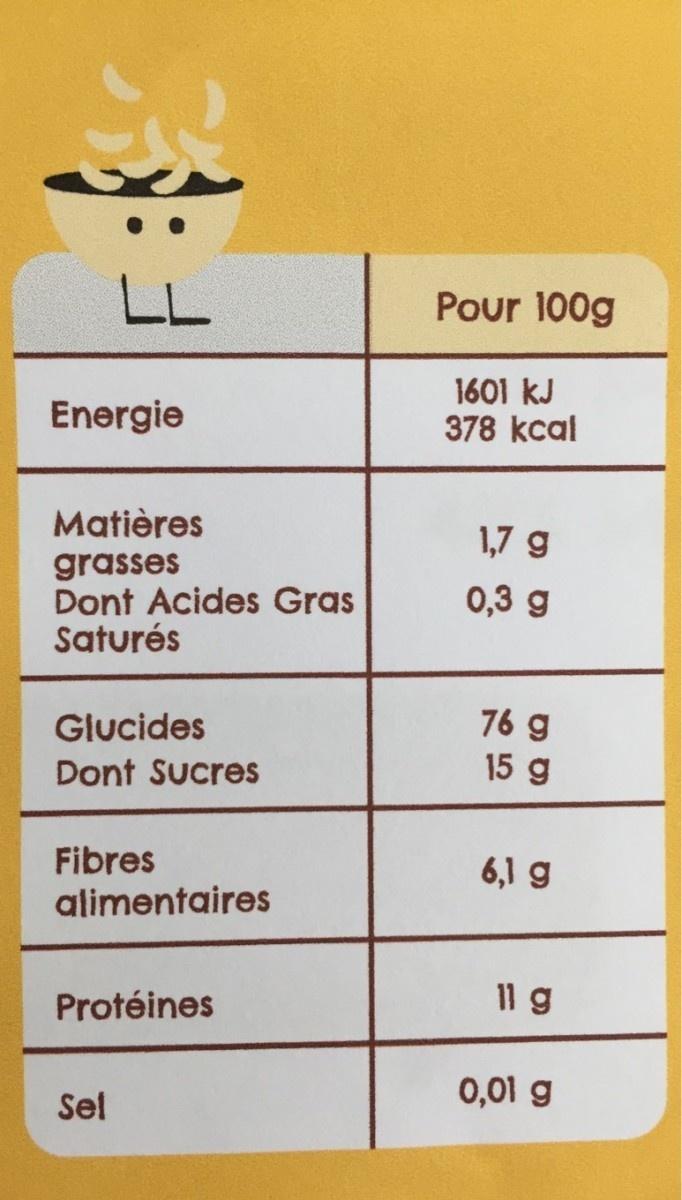
LL
Pour 100g
Energie
1601 kJ 378 kcal
Matières
1,7 g
grasses Dont Acides Gras Saturés
0,3 g
76 g 15 g
Glucides
Dont Sucres
Fibres alimentaires
6,1 g
Protéines
11 g
Sel
0,01 g